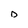
Character: D